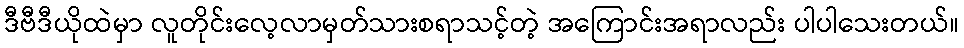
ဒီဗီဒီယိုထဲမှာ လူတိုင်းလေ့လာမှတ်သားစရာသင့်တဲ့ အကြောင်းအရာလည်း ပါပါသေးတယ်။